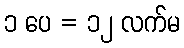
၁ ပေ = ၁၂ လက်မ